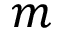
m